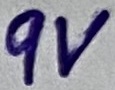
Text: 9V